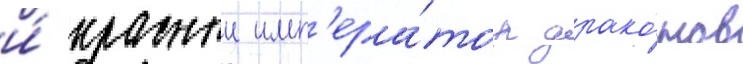
и́ красныи имп'ера́тор драко́нов